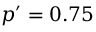
p ^ { \prime } = 0 . 7 5